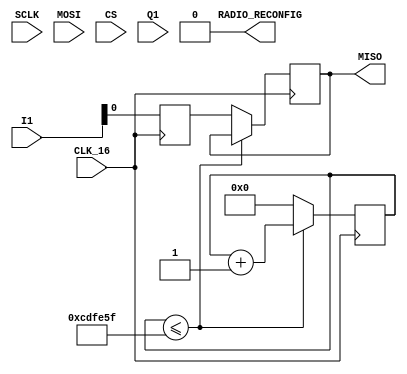
module tart(
    input  CLK_16,

    input SCLK,
    output MISO,
    input MOSI,
    input CS,

    output RADIO_RECONFIG,

    input[23:0] I1,
    input[23:0] Q1
);

/********** Counter **********/
//parameter Clock_frequency = 27_000_000; // Crystal oscillator frequency is 27Mhz
parameter count_value       = 13_499_999; // The number of times needed to time 0.5S

reg [23:0]  count_value_reg ; // counter_value
reg         count_value_flag; // IO chaneg flag

reg [23:0] I_data;
reg [23:0] Q_data;

reg MISO_reg = 1'b0; // Initial state
reg RECONFIG_reg = 1'b0; // Initial state

// Latch the data
always @(posedge CLK_16) begin
    I_data <= I1;
    Q_data <= Q1;
end


always @(posedge CLK_16) begin
    if ( count_value_reg <= count_value ) begin //not count to 0.5S
        count_value_reg  <= count_value_reg + 1'b1; // Continue counting
        count_value_flag <= 1'b0 ; // No flip flag
    end
    else begin //Count to 0.5S
        count_value_reg  <= 23'b0; // Clear counter,prepare for next time counting.
        count_value_flag <= 1'b1 ; // Flip flag
        MISO_reg <= I_data[0];
    end
end



/***** Add an extra line of code *****/
assign MISO = MISO_reg;
assign RADIO_RECONFIG = RECONFIG_reg;

endmodule